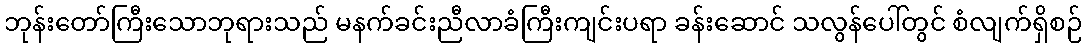
ဘုန်းတော်ကြီးသောဘုရားသည် မနက်ခင်းညီလာခံကြီးကျင်းပရာ ခန်းဆောင် သလွန်ပေါ်တွင် စံလျက်ရှိစဉ်